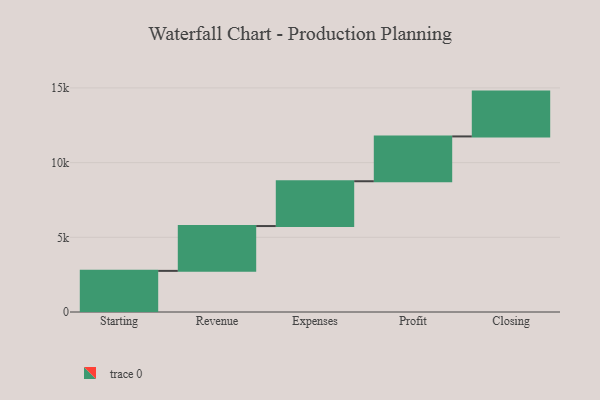
{"axis": {"x": "Step", "y": "Value"}, "legend": [""], "data": [{"x": "Starting", "y": 2753.0, "type": ""}, {"x": "Revenue", "y": 3000, "type": ""}, {"x": "Expenses", "y": 3000, "type": ""}, {"x": "Profit", "y": 3000, "type": ""}, {"x": "Closing", "y": 3000, "type": ""}]}